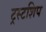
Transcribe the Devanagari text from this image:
ट्रस्टशिप